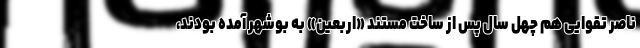
ناصر تقوایی هم چهل سال پس از ساخت مستند «اربعین» به بوشهر آمده بودند،